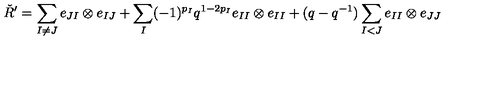
\check { R } ^ { \prime } = \sum _ { I \neq J } e _ { J I } \otimes e _ { I J } + \sum _ { I } ( - 1 ) ^ { p _ { I } } q ^ { 1 - 2 p _ { I } } e _ { I I } \otimes e _ { I I } + ( q - q ^ { - 1 } ) \sum _ { I < J } e _ { I I } \otimes e _ { J J }